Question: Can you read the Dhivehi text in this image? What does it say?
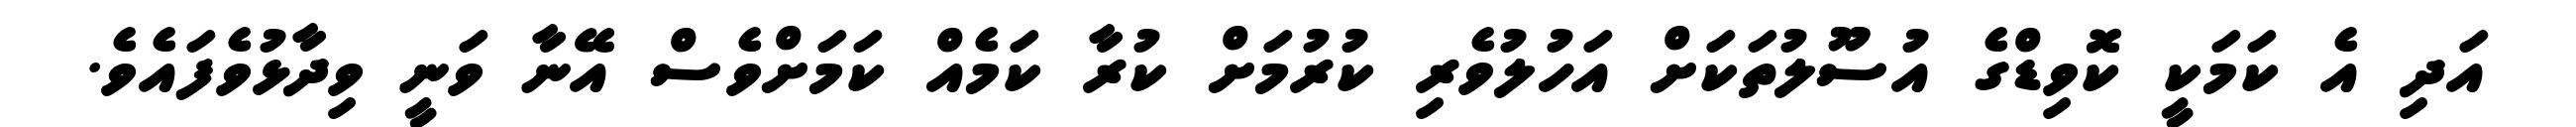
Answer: އަދި އެ ކަމަކީ ކޮވިޑްގެ އުސޫލުތަކަށް އަހުލުވެރި ކުރުމަށް ކުރާ ކަމެއް ކަމަށްވެސް އޭނާ ވަނީ ވިދާޅުވެފައެވެ.